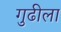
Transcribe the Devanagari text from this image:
गुढीला